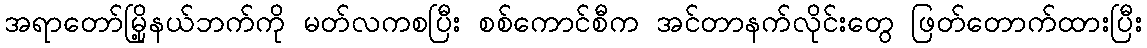
အရာတော်မြို့နယ်ဘက်ကို မတ်လကစပြီး စစ်ကောင်စီက အင်တာနက်လိုင်းတွေ ဖြတ်တောက်ထားပြီး